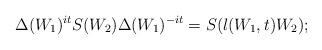
LaTeX: \begin{align*}\Delta(W_1)^{it}S(W_2)\Delta(W_1)^{-it}=S(\l(W_1,t)W_2);\end{align*}